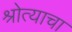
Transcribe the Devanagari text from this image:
श्रोत्याचा